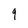
Character: 9